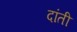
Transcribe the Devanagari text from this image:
दांती